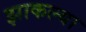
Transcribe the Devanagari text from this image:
झाकल्या